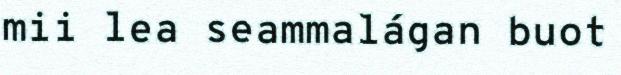
mii lea seammalágan buot